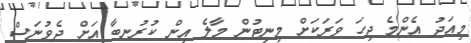
މިއަދު އެންމެ ދިހަ ވަރަކަށް މިނިޓުން މާލެ އިން ކުރުނބާ އަށް ދެވުނަސް